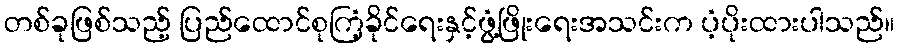
တစ်ခုဖြစ်သည့် ပြည်ထောင်စုကြံ့ခိုင်ရေးနှင့်ဖွံ့ဖြိုးရေးအသင်းက ပံ့ပိုးထားပါသည်။